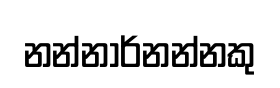
නන්නාර්නන්නකු